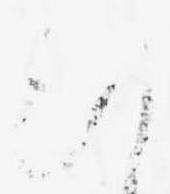
の